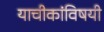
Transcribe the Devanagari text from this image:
याचीकांविषयी